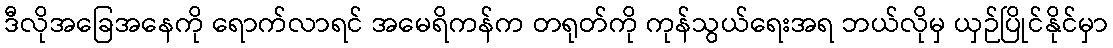
ဒီလိုအခြေအနေကို ရောက်လာရင် အမေရိကန်က တရုတ်ကို ကုန်သွယ်ရေးအရ ဘယ်လိုမှ ယှဉ်ပြိုင်နိုင်မှာ